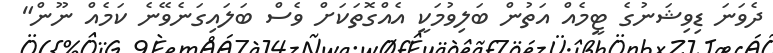
ދެވަނަ ޑިވިޝަނުގެ ޓީމެއް އަތުން ބަލިވުމަކީ އެއްގޮތަކަށް ވެސް ބަލައިގަނެވޭނެ ކަމެއް ނޫން"